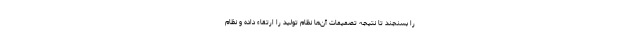
را بسنجند تا نتیجه تصمیمات آن‌ها نظام تولید را ارتقاء داده و نظام